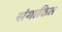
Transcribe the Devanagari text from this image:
संगाठित